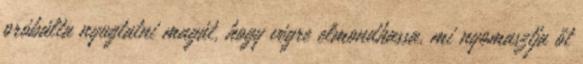
próbálta nyugtatni magát, hogy végre elmondhassa, mi nyomasztja őt